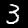
Digit: 3